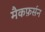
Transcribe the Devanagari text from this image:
मैकफ़र्सन